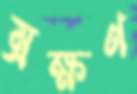
ম্রক্ষণ